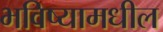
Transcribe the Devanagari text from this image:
भविष्यामधील